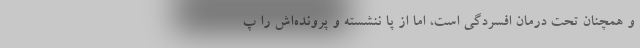
و همچنان تحت درمان افسردگی است، اما از پا ننشسته و پرونده‌اش را پ